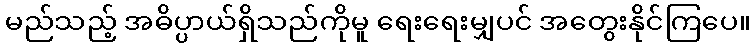
မည်သည့် အဓိပ္ပာယ်ရှိသည်ကိုမူ ရေးရေးမျှပင် အတွေးနိုင်ကြပေ။